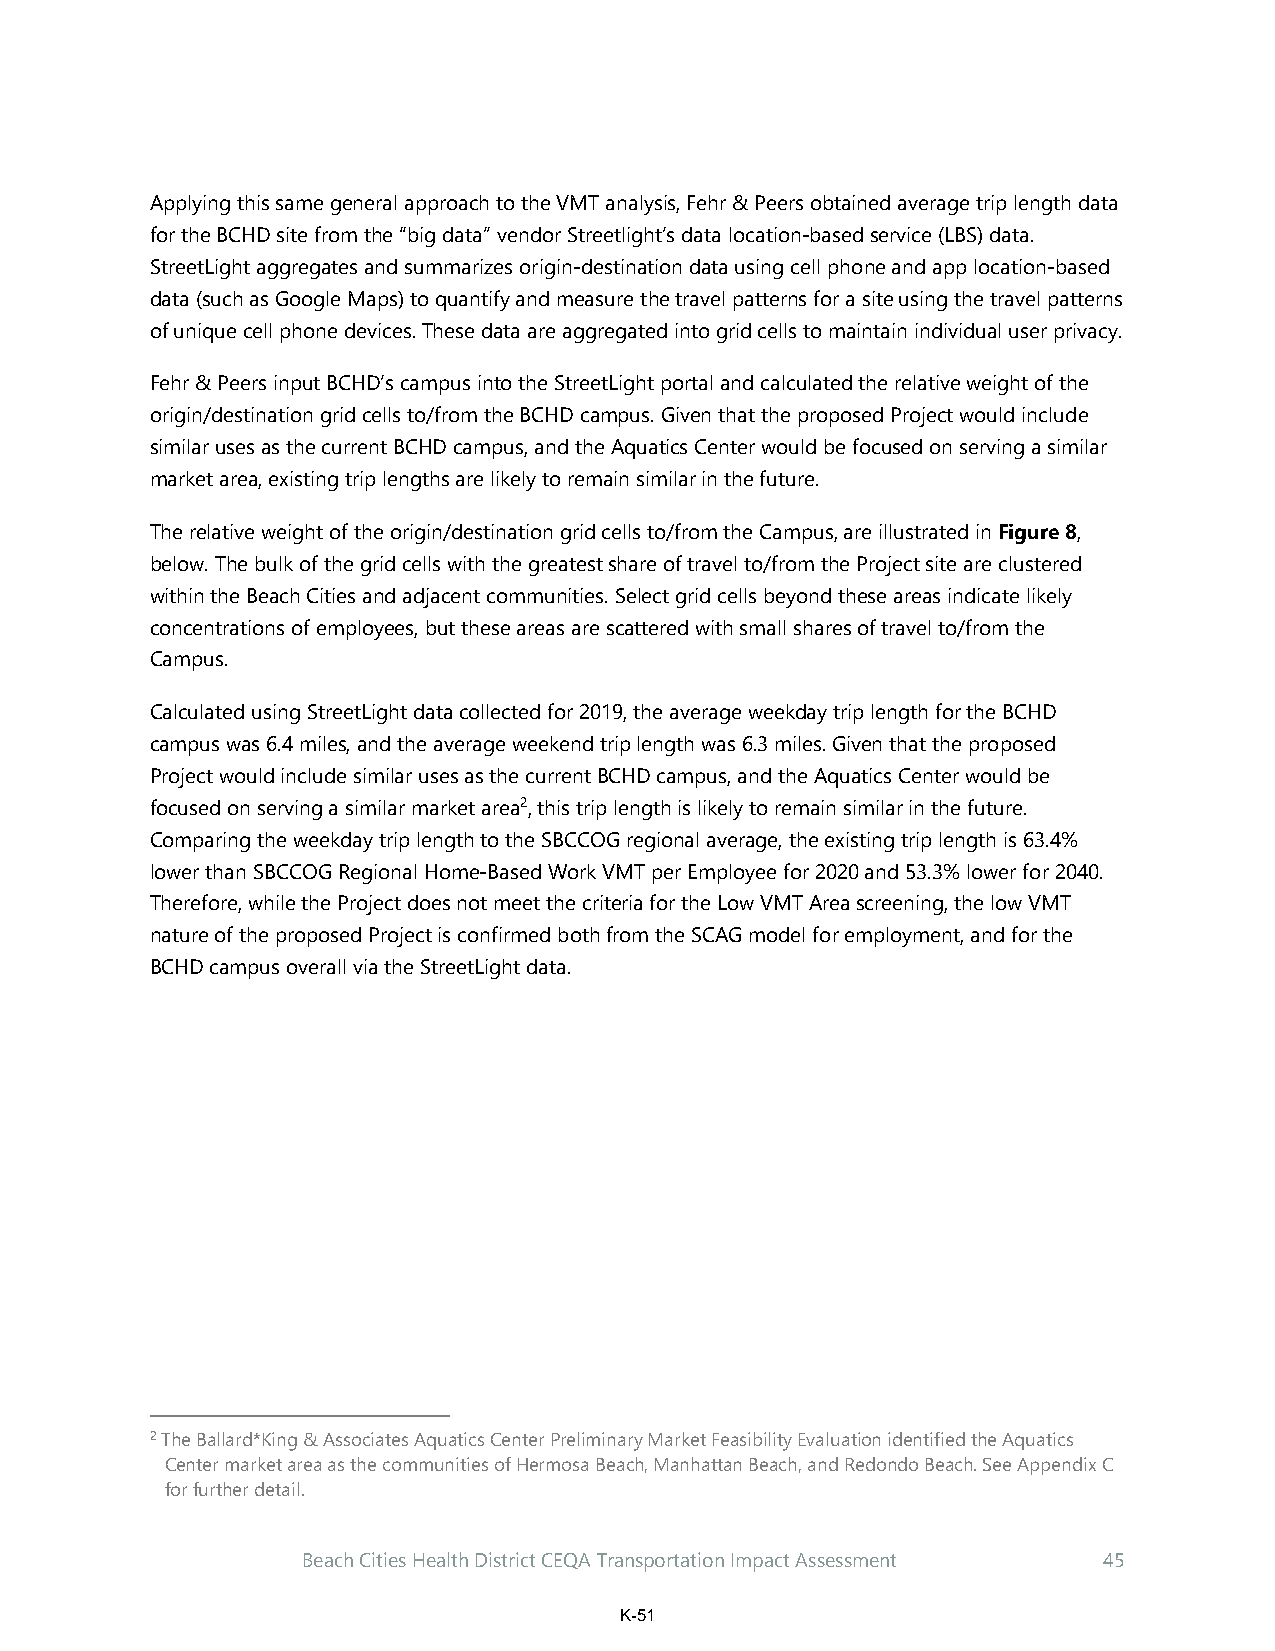
Applying this same general approach to the VMT analysis, Fehr & Peers obtained average trip length data
 for the BCHD site from the “big data” vendor Streetlight’s data location-based service (LBS) data.
 StreetLight aggregates and summarizes origin-destination data using cell phone and app location-based
 data (such as Google Maps) to quantify and measure the travel patterns for a site using the travel patterns
 of unique cell phone devices. These data are aggregated into grid cells to maintain individual user privacy.
 Fehr & Peers input BCHD’s campus into the StreetLight portal and calculated the relative weight of the
 origin/destination grid cells to/from the BCHD campus. Given that the proposed Project would include
 similar uses as the current BCHD campus, and the Aquatics Center would be focused on serving a similar
 market area, existing trip lengths are likely to remain similar in the future.
 The relative weight of the origin/destination grid cells to/from the Campus, are illustrated in Figure 8,
 below. The bulk of the grid cells with the greatest share of travel to/from the Project site are clustered
 within the Beach Cities and adjacent communities. Select grid cells beyond these areas indicate likely
 concentrations of employees, but these areas are scattered with small shares of travel to/from the
 Campus.
 Calculated using StreetLight data collected for 2019, the average weekday trip length for the BCHD
 campus was 6.4 miles, and the average weekend trip length was 6.3 miles. Given that the proposed
 Project would include similar uses as the current BCHD campus, and the Aquatics Center would be
 focused on serving a similar market area2, this trip length is likely to remain similar in the future.
 Comparing the weekday trip length to the SBCCOG regional average, the existing trip length is 63.4%
 lower than SBCCOG Regional Home-Based Work VMT per Employee for 2020 and 53.3% lower for 2040.
 Therefore, while the Project does not meet the criteria for the Low VMT Area screening, the low VMT
 nature of the proposed Project is confirmed both from the SCAG model for employment, and for the
 BCHD campus overall via the StreetLight data.
 2 The Ballard*King & Associates Aquatics Center Preliminary Market Feasibility Evaluation identified the Aquatics
 Center market area as the communities of Hermosa Beach, Manhattan Beach, and Redondo Beach. See Appendix C
 for further detail.
 Beach Cities Health District CEQA Transportation Impact Assessment 45
 K-51